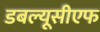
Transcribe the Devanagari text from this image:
डबल्यूसीएफ